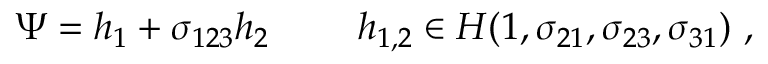
\Psi = h _ { 1 } + \sigma _ { 1 2 3 } h _ { 2 } ~ ~ ~ ~ ~ ~ ~ h _ { 1 , 2 } \in { \cal H } ( 1 , \sigma _ { 2 1 } , \sigma _ { 2 3 } , \sigma _ { 3 1 } ) ~ ,